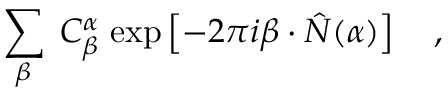
\sum _ { \beta } \; C _ { \beta } ^ { \alpha } \; \mathrm { e x p } \left[ - 2 \pi i \beta \cdot \hat { N } ( \alpha ) \right] \quad ,